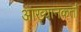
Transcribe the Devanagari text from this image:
आख्यानकर्ता